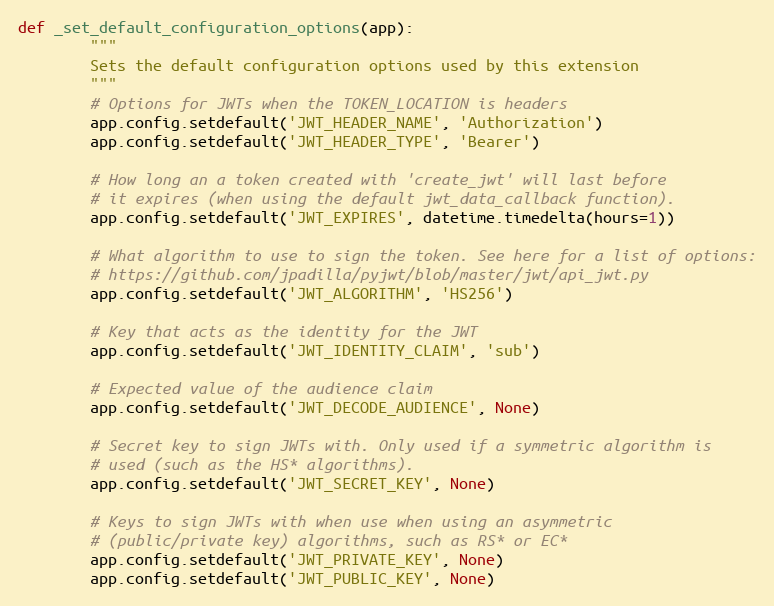
Language: Python
def _set_default_configuration_options(app):
        """
        Sets the default configuration options used by this extension
        """
        # Options for JWTs when the TOKEN_LOCATION is headers
        app.config.setdefault('JWT_HEADER_NAME', 'Authorization')
        app.config.setdefault('JWT_HEADER_TYPE', 'Bearer')

        # How long an a token created with 'create_jwt' will last before
        # it expires (when using the default jwt_data_callback function).
        app.config.setdefault('JWT_EXPIRES', datetime.timedelta(hours=1))

        # What algorithm to use to sign the token. See here for a list of options:
        # https://github.com/jpadilla/pyjwt/blob/master/jwt/api_jwt.py
        app.config.setdefault('JWT_ALGORITHM', 'HS256')

        # Key that acts as the identity for the JWT
        app.config.setdefault('JWT_IDENTITY_CLAIM', 'sub')

        # Expected value of the audience claim
        app.config.setdefault('JWT_DECODE_AUDIENCE', None)

        # Secret key to sign JWTs with. Only used if a symmetric algorithm is
        # used (such as the HS* algorithms).
        app.config.setdefault('JWT_SECRET_KEY', None)

        # Keys to sign JWTs with when use when using an asymmetric
        # (public/private key) algorithms, such as RS* or EC*
        app.config.setdefault('JWT_PRIVATE_KEY', None)
        app.config.setdefault('JWT_PUBLIC_KEY', None)